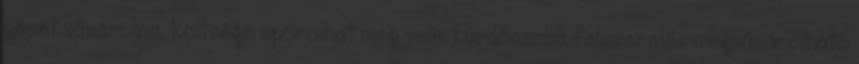
gépet vásárolna, költsége spórolhat meg vele. Fürdőszoba felszerelés megvásárolható